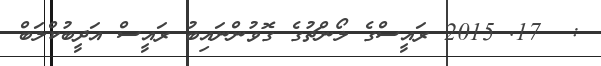
:  17